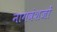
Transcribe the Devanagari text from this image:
नागवंशजों